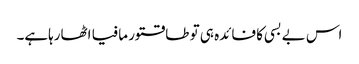
اس بے بسی کا فائدہ ہی تو طاقتور مافیا اٹھارہاہے۔